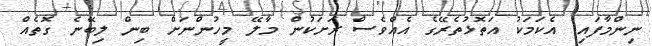
ނިންމާފައި! އެކަމަކު އަތޮޅުތެރޭގެ އެއްވެސް ރަށަކުން މާލޭ މީހުންނަށް ބިން ލިބޭނެ ގޮތެއް